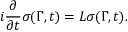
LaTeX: i { \frac { \partial } { \partial t } } \sigma ( \Gamma , t ) = L \sigma ( \Gamma , t ) .